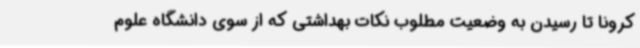
کرونا تا رسیدن به وضعیت مطلوب نکات بهداشتی که از سوی دانشگاه علوم